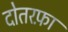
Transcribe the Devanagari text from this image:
दोतरफ़ा